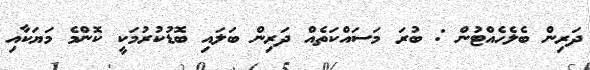
ދަރިން ބެލެހެއްޓުން : ބުރަ މަސައްކަތެއް ދަރިން ބަލައި ބޮޑުކުރުމަކީ ކޮންމެ މަޔަކާއި